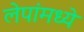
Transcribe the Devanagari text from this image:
लेपांमध्ये